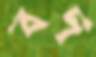
বদ